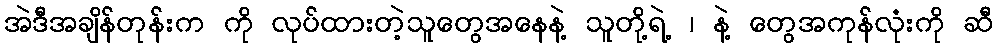
အဲဒီအချိန်တုန်းက ကို လုပ်ထားတဲ့သူတွေအနေနဲ့ သူတို့ရဲ့ ၊ နဲ့ တွေအကုန်လုံးကို ဆီ